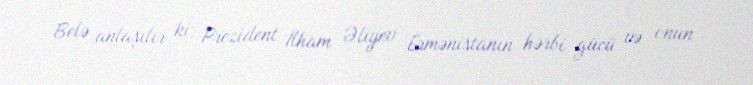
Belə anlaşılır ki, Prezident İlham Əliyev Ermənistanın hərbi gücü və onun